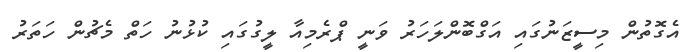
އެގޮތުން މިސީޒަނުގައި އަގްބޮންލަހަރު ވަނީ ޕްރެމިއާ ލީގުގައި ކުޅުނު ހަތް މެޗުން ހަތަރު